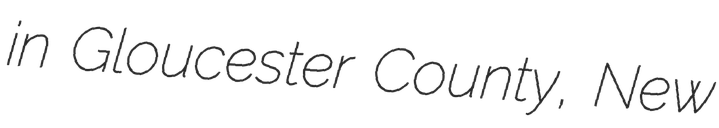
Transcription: in Gloucester County, New